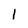
Character: l